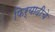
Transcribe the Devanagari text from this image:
फिर्यादीचे